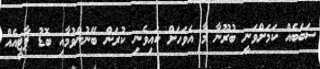
ސަބަބެއް ކަމަށްވަނީ ބުރޫނާ މާ އަވަހަށް ކައިވެނި ކުރަން ބޭނުންވުމާއި ބޮޑު ޕާޓީއެއް